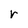
Character: r